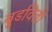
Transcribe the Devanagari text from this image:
बुडवितो